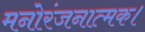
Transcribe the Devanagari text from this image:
मनोरंजनात्मक।